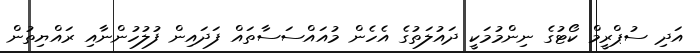
އަދި ސުޕްރީމް ކޯޓުގެ ނިންމުމަކީ ދައުލަތުގެ އެހެން މުއައްސަސާތައް ފަދައިން ފުލުހުންނާއި ރައްޔިތުން